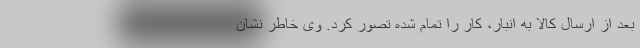
بعد از ارسال کالا به انبار، کار را تمام شده تصور کرد. وی خاطر نشان